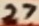
Text: 27